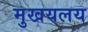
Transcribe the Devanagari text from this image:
मुखयलय